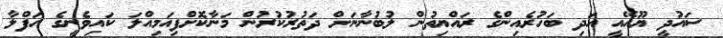
ސައުދީ ޔޫއޭއީ އަދި ބަހުރެއިންގެ ރައްޔިތުން ލުބުނާނަށް ދަތުރުކުރުން މަނާކޮށްފިއަމިއްލަ ކައިވެނީގެ ހަފްލާ